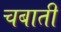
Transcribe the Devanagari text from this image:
चबाती